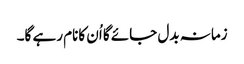
زمانہ بدل جائے گا اُن کانام رہے گا۔